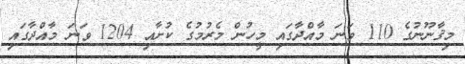
މިޤާނޫނުގެ 110 ވަނަ މާއްދާގައި މީހުން މެރުމުގެ ކުށާއި 1204 ވަނަ މާއްދާގައި